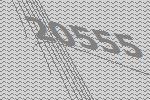
20555